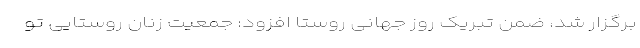
برگزار شد، ضمن تبریک روز جهانی روستا افزود: جمعیت زنان روستایی تو